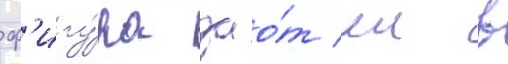
ф'игу́ра дао́т еи в